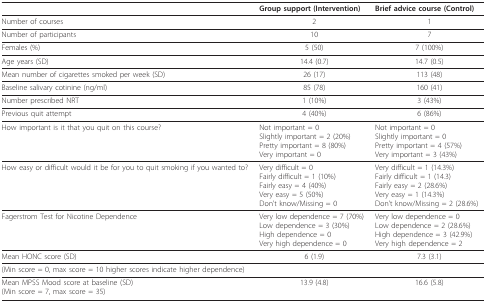
<table><thead><tr><td></td><td><b>Group support (Intervention)</b></td><td><b>Brief advice course (Control)</b></td></tr></thead><tbody><tr><td>Number of courses</td><td>2</td><td>1</td></tr><tr><td>Number of participants</td><td>10</td><td>7</td></tr><tr><td>Females (%)</td><td>5 (50)</td><td>7 (100%)</td></tr><tr><td>Age years (SD)</td><td>14.4 (0.7)</td><td>14.7 (0.5)</td></tr><tr><td>Mean number of cigarettes smoked per week (SD)</td><td>26 (17)</td><td>113 (48)</td></tr><tr><td>Baseline salivary cotinine (ng/ml)</td><td>85 (78)</td><td>160 (41)</td></tr><tr><td>Number prescribed NRT</td><td>1 (10%)</td><td>3 (43%)</td></tr><tr><td>Previous quit attempt</td><td>4 (40%)</td><td>6 (86%)</td></tr><tr><td>How important is it that you quit on this course?</td><td>Not important = 0Slightly important = 2 (20%)Pretty important = 8 (80%)Very important = 0</td><td>Not important = 0Slightly important = 0Pretty important = 4 (57%)Very important = 3 (43%)</td></tr><tr><td>How easy or difficult would it be for you to quit smoking if you wanted to?</td><td>Very difficult = 0Fairly difficult = 1 (10%)Fairly easy = 4 (40%)Very easy = 5 (50%)Don&#x27;t know/Missing = 0</td><td>Very difficult = 1 (14.3%)Fairly difficult = 1 (14.3)Fairly easy = 2 (28.6%)Very easy = 1 (14.3%)Don&#x27;t know/Missing = 2 (28.6%)</td></tr><tr><td>Fagerstrom Test for Nicotine Dependence</td><td>Very low dependence = 7 (70%)Low dependence = 3 (30%)High dependence = 0Very high dependence = 0</td><td>Very low dependence = 0Low dependence = 2 (28.6%)High dependence = 3 (42.9%)Very high dependence = 2</td></tr><tr><td>Mean HONC score (SD)</td><td>6 (1.9)</td><td>7.3 (3.1)</td></tr><tr><td>(Min score = 0, max score = 10 higher scores indicate higher dependence)</td><td></td><td></td></tr><tr><td>Mean MPSS Mood score at baseline (SD)(Min score = 7, max score = 35)</td><td>13.9 (4.8)</td><td>16.6 (5.8)</td></tr></tbody></table>